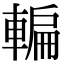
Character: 䡢